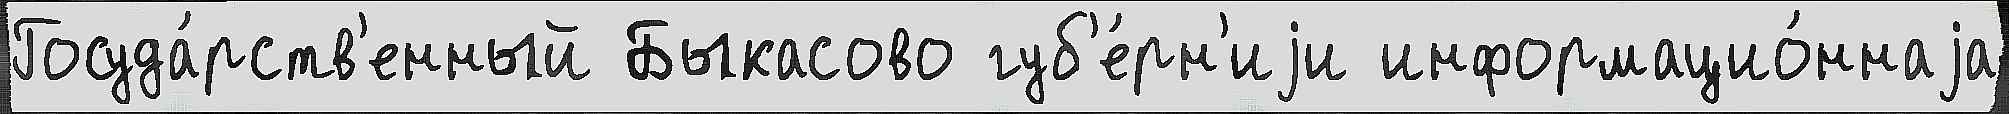
Госуда́рств'енный Быкасово губ'е́рн'иjи информацио́ннаjа